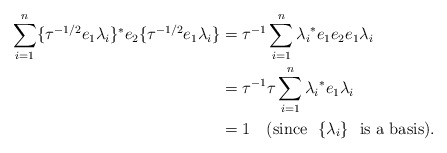
\begin{align*} \sum_{i=1}^n\{\tau^{-1/2}e_1 \lambda_i\}^*e_2\{\tau^{-1/2}e_1\lambda_i\} &= {\tau}^{-1}\sum_{i=1}^n{\lambda_i}^*e_1e_2e_1\lambda_i\\ &={\tau}^{-1}\tau\sum_{i=1}^n{\lambda_i}^*e_1\lambda_i\\ &=1~~~ (\textrm{since} ~~\{\lambda_i\}~~ \textrm{is a basis}). \end{align*}